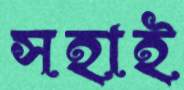
সহাই